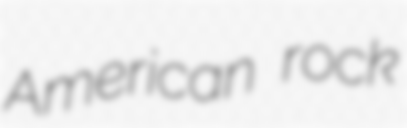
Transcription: American rock